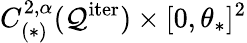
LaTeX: C_{(*)}^{2,\alpha}(\mathcal{Q}^{\mathrm{iter}})\times[0,\theta_{*}]^{2}